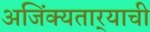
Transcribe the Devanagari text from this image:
अजिंक्‍यतार्‍याची